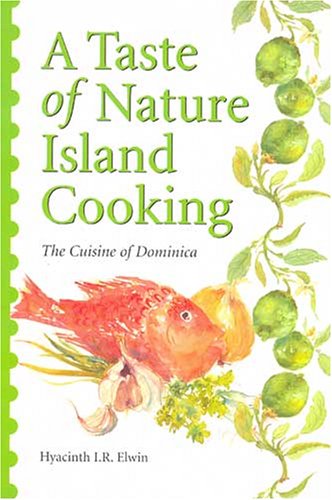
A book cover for A Taste of Nature Island Cooking: Dominican Cuisine; Hyacinth I.R. Elwin; Travel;